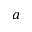
\boldsymbol { a }